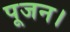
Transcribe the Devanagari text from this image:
पूजन।